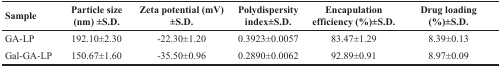
<table><thead><tr><td><b>Sample</b></td><td><b>Particle size (nm) ±S.D.</b></td><td><b>Zeta potential (mV) ±S.D.</b></td><td><b>Polydispersity index±S.D.</b></td><td><b>Encapulation efficiency (%)±S.D.</b></td><td><b>Drug loading (%)±S.D.</b></td></tr></thead><tbody><tr><td>GA-LP</td><td>192.10±2.30</td><td>-22.30±1.20</td><td>0.3923±0.0057</td><td>83.47±1.29</td><td>8.39±0.13</td></tr><tr><td>Gal-GA-LP</td><td>150.67±1.60</td><td>-35.50±0.96</td><td>0.2890±0.0062</td><td>92.89±0.91</td><td>8.97±0.09</td></tr></tbody></table>